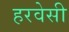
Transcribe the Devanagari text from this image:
हरवेसी